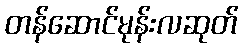
တန်ဆောင်မုန်းလဆုတ်